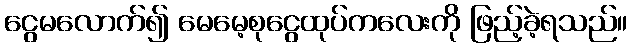
ငွေမလောက်၍ မေမေ့စုငွေထုပ်ကလေးကို ဖြည့်ခဲ့ရသည်။